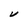
Character: V